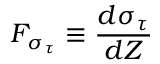
F _ { \sigma _ { \tau } } \equiv \frac { d \sigma _ { \tau } } { d Z }